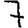
Digit: 7